Report of the Imperial Institute of Veterinary Research, Muktesar
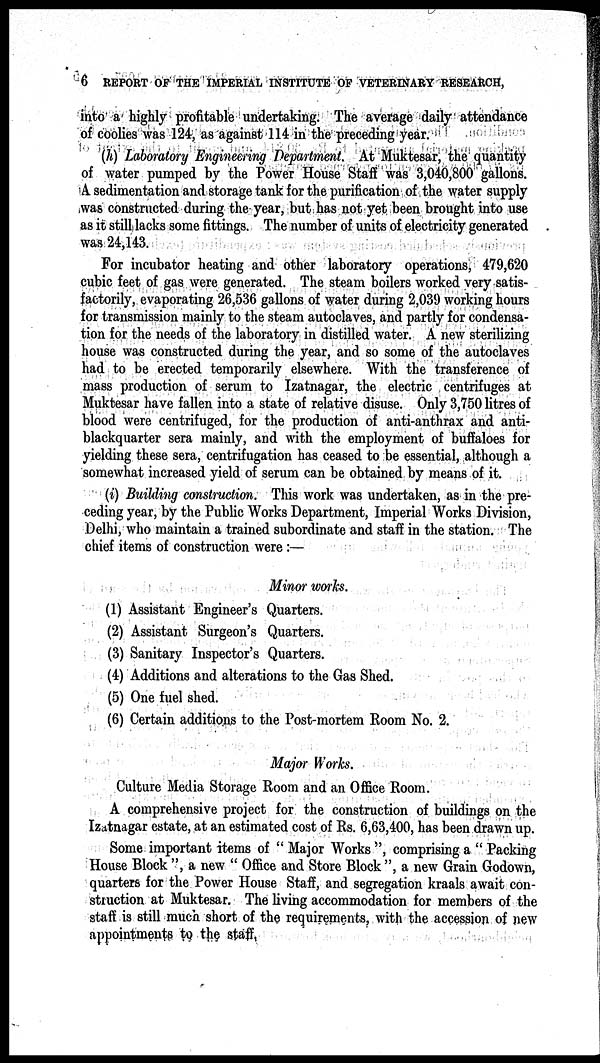
6 REPORT OF THE IMPERIAL INSTITUTE OF VETERINARY RESEARCH,
into a highly profitable undertaking. The average daily attendance
of coolies was 124, as against 114 in the preceding year.
(h) Laboratory Engineering Department. At Muktesar, the quantity
of water pumped by the Power House Staff was 3,040,800 gallons.
A sedimentation and storage tank for the purification of the water supply
was constructed during the year, but has not yet been brought into use
as it still lacks some fittings. The number of units of electricity generated
was 24,143.
For incubator heating and other laboratory operations, 479,620
cubic feet of gas were generated. The steam boilers worked very satis-
factorily, evaporating 26,536 gallons of water during 2,039 working hours
for transmission mainly to the steam autoclaves, and partly for condensa-
tion for the needs of the laboratory in distilled water. A new sterilizing
house was constructed during the year, and so some of the autoclaves
had to be erected temporarily elsewhere. With the transference of
mass production of serum to Izatnagar, the electric centrifuges at
Muktesar have fallen into a state of relative disuse. Only 3,750 litres of
blood were centrifuged, for the production of anti-anthrax and anti-
blackquarter sera mainly, and with the employment of buffaloes for
yielding these sera, centrifugation has ceased to be essential, although a
somewhat increased yield of serum can be obtained by means of it.
(i) Building construction. This work was undertaken, as in the pre-
ceding year, by the Public Works Department, Imperial Works Division,
Delhi, who maintain a trained subordinate and staff in the station. The
chief items of construction were :—
Minor works.
(1) Assistant Engineer's Quarters.
(2) Assistant Surgeon's Quarters.
(3) Sanitary Inspector's Quarters.
(4) Additions and alterations to the Gas Shed.
(5) One fuel shed.
(6) Certain additions to the Post-mortem Room No. 2.
Major Works.
Culture Media Storage Room and an Office Room.
A comprehensive project for the construction of buildings on the
Izatnagar estate, at an estimated cost of Rs. 6,63,400, has been drawn up.
Some important items of " Major Works ", comprising a " Packing
House Block ", a new " Office and Store Block ", a new Grain Godown,
quarters for the Power House Staff, and segregation kraals await con-
struction at Muktesar. The living accommodation for members of the
staff is still much short of the requirements, with the accession of new
appointments to the staff